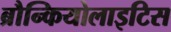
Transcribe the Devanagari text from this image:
ब्रौन्कियोलाइटिस